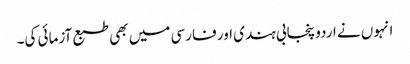
انہوں نے اردو پنجابی ہندی اور فارسی میں بھی طبع آزمائی کی۔